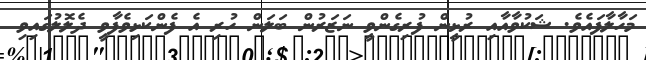
މަހާލާފައެވެ. ޝަކުވާއާއި ރުޅީން ފުރިގެންވީ ނަޒަރުން ބަލަން ހުރި އެ ފެންކަޅިވެފާވީ ދެލޮލުގައިވި